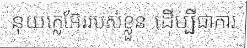
នុយក្លេអ៊ែររបស់ខ្លួន ដើម្បីជាការ